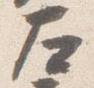
左